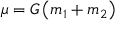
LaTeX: \mu = G \left( m _ { 1 } + m _ { 2 } \right)